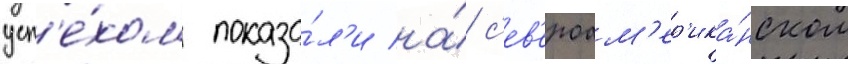
усп'е́хом показа́л'и на́ с'ев'ероам'ер'ика́нском